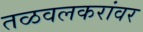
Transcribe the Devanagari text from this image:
तळवलकरांवर